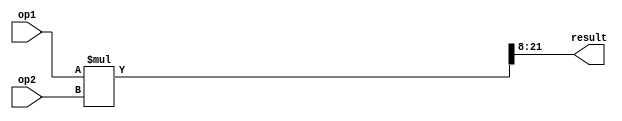
`timescale 1ns/1ns
module multiplier( input [13:0] op1, op2, output [13:0] result );
  wire [27:0] w;
  wire signed [13:0] operand1,operand2;
  assign operand1 = op1;
  assign operand2 = op2;
  assign w = operand1 * operand2;
  assign result = w[21:8];
endmodule